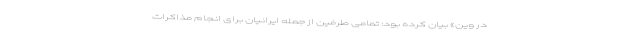
در وین» بیان کرده بود: تمامی طرفین از جمله ایرانیان برای انجام مذاکرات